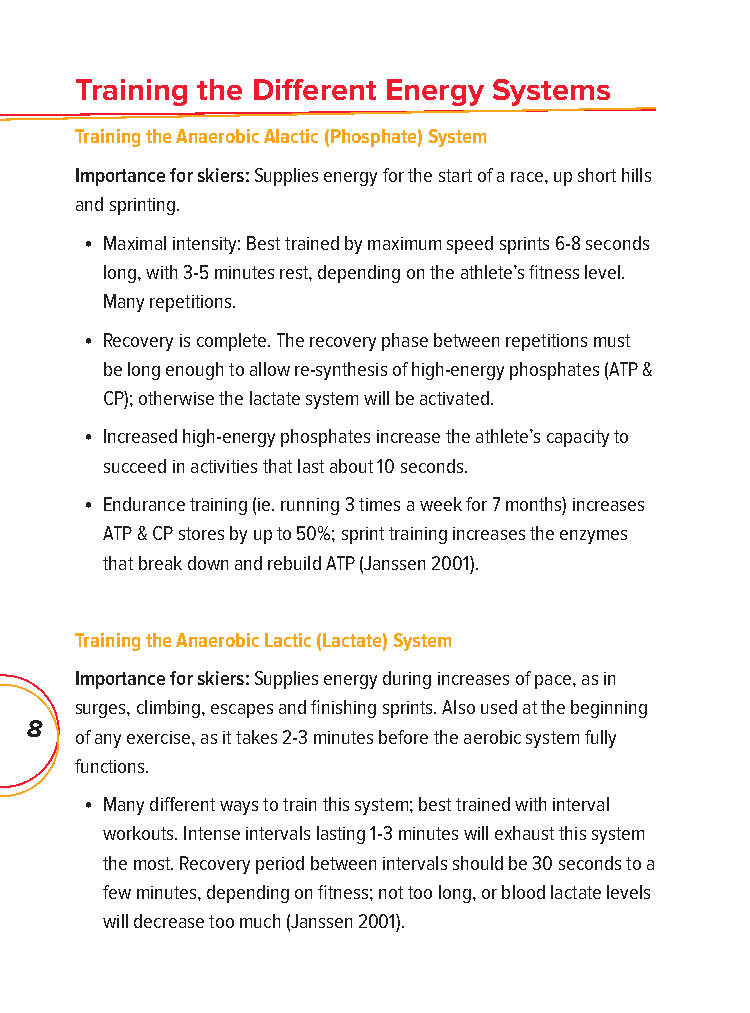
Training the Diff erent Energy Systems
 Training the Anaerobic Alactic (Phosphate) System
 Importance for skiers: Supplies energy for the start of a race, up short hills
 and sprinting.
 • Maximal intensity: Best trained by maximum speed sprints 6-8 seconds
 long, with 3-5 minutes rest, depending on the athlete’s fi tness level.
 Many repetitions.
 • Recovery is complete. The recovery phase between repetitions must
 be long enough to allow re-synthesis of high-energy phosphates (ATP &
 CP); otherwise the lactate system will be activated.
 • Increased high-energy phosphates increase the athlete’s capacity to
 succeed in activities that last about 10 seconds.
 • Endurance training (ie. running 3 times a week for 7 months) increases
 ATP & CP stores by up to 50%; sprint training increases the enzymes
 that break down and rebuild ATP (Janssen 2001).
 Training the Anaerobic Lactic (Lactate) System
 Importance for skiers: Supplies energy during increases of pace, as in
 surges, climbing, escapes and fi nishing sprints. Also used at the beginning
 8
 of any exercise, as it takes 2-3 minutes before the aerobic system fully
 functions.
 • Many diff erent ways to train this system; best trained with interval
 workouts. Intense intervals lasting 1-3 minutes will exhaust this system
 the most. Recovery period between intervals should be 30 seconds to a
 few minutes, depending on fi tness; not too long, or blood lactate levels
 will decrease too much (Janssen 2001).